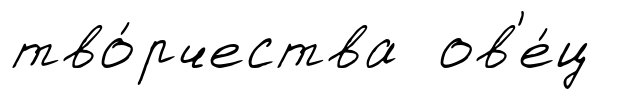
тво́рчества ов'е́ц